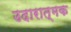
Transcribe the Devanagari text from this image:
उदारात्मक